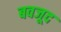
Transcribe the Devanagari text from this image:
बवजूद